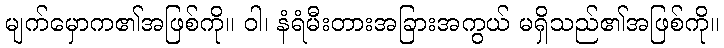
မျက်မှောက၏အဖြစ်ကို။ ဝါ၊ နံရံမီးတားအခြားအကွယ် မရှိသည်၏အဖြစ်ကို။